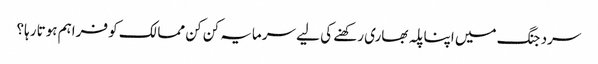
سرد جنگ میں اپنا پلہ بھاری رکھنے کی لیے سرمایہ کن کن ممالک کو فراہم ہوتا رہا؟